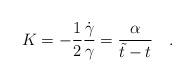
LaTeX: \begin{align*}K=-\frac{1}{2}\frac{\dot{\gamma}}{\gamma}=\frac{\alpha}{\tilde{t}-t} ~~~.\end{align*}